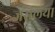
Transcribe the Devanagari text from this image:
जरेलिया